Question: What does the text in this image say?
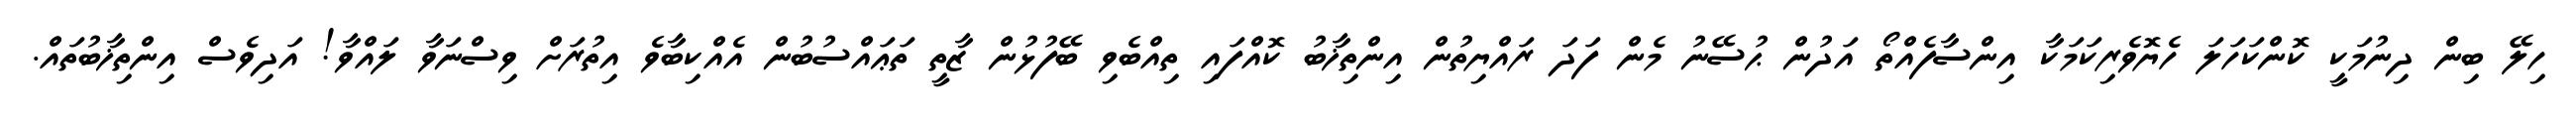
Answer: ހިލޭ ބިން ދިނުމަކީ ކޮންކަހަލަ ހެޔޮވެރިކަމަކާ އިންސާފެއްތޯ އަދުން ޙުސޭނު މެން ފަދަ ރައްޔިތުން އިންތިޚާބު ކޮއްފައި ތިއްބެވި ބޭފުޅުން ޒާތީ ތަޢައްސުބުން އެއްކިބާވެ އިތުރަށް ވިސްނަވާ ލައްވާ! އަދިވެސް އިންތިޚާބުތައް.